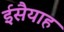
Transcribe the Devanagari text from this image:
ईसैयाह